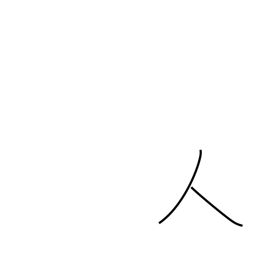
Meaning: person